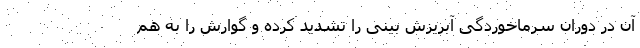
آن در دوران سرماخوردگی آبریزش بینی را تشدید کرده و گوارش را به هم